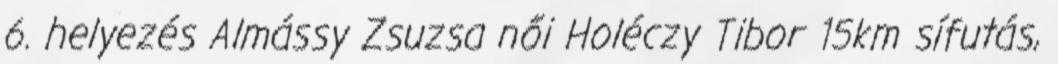
6. helyezés Almássy Zsuzsa női Holéczy Tibor 15km sífutás,